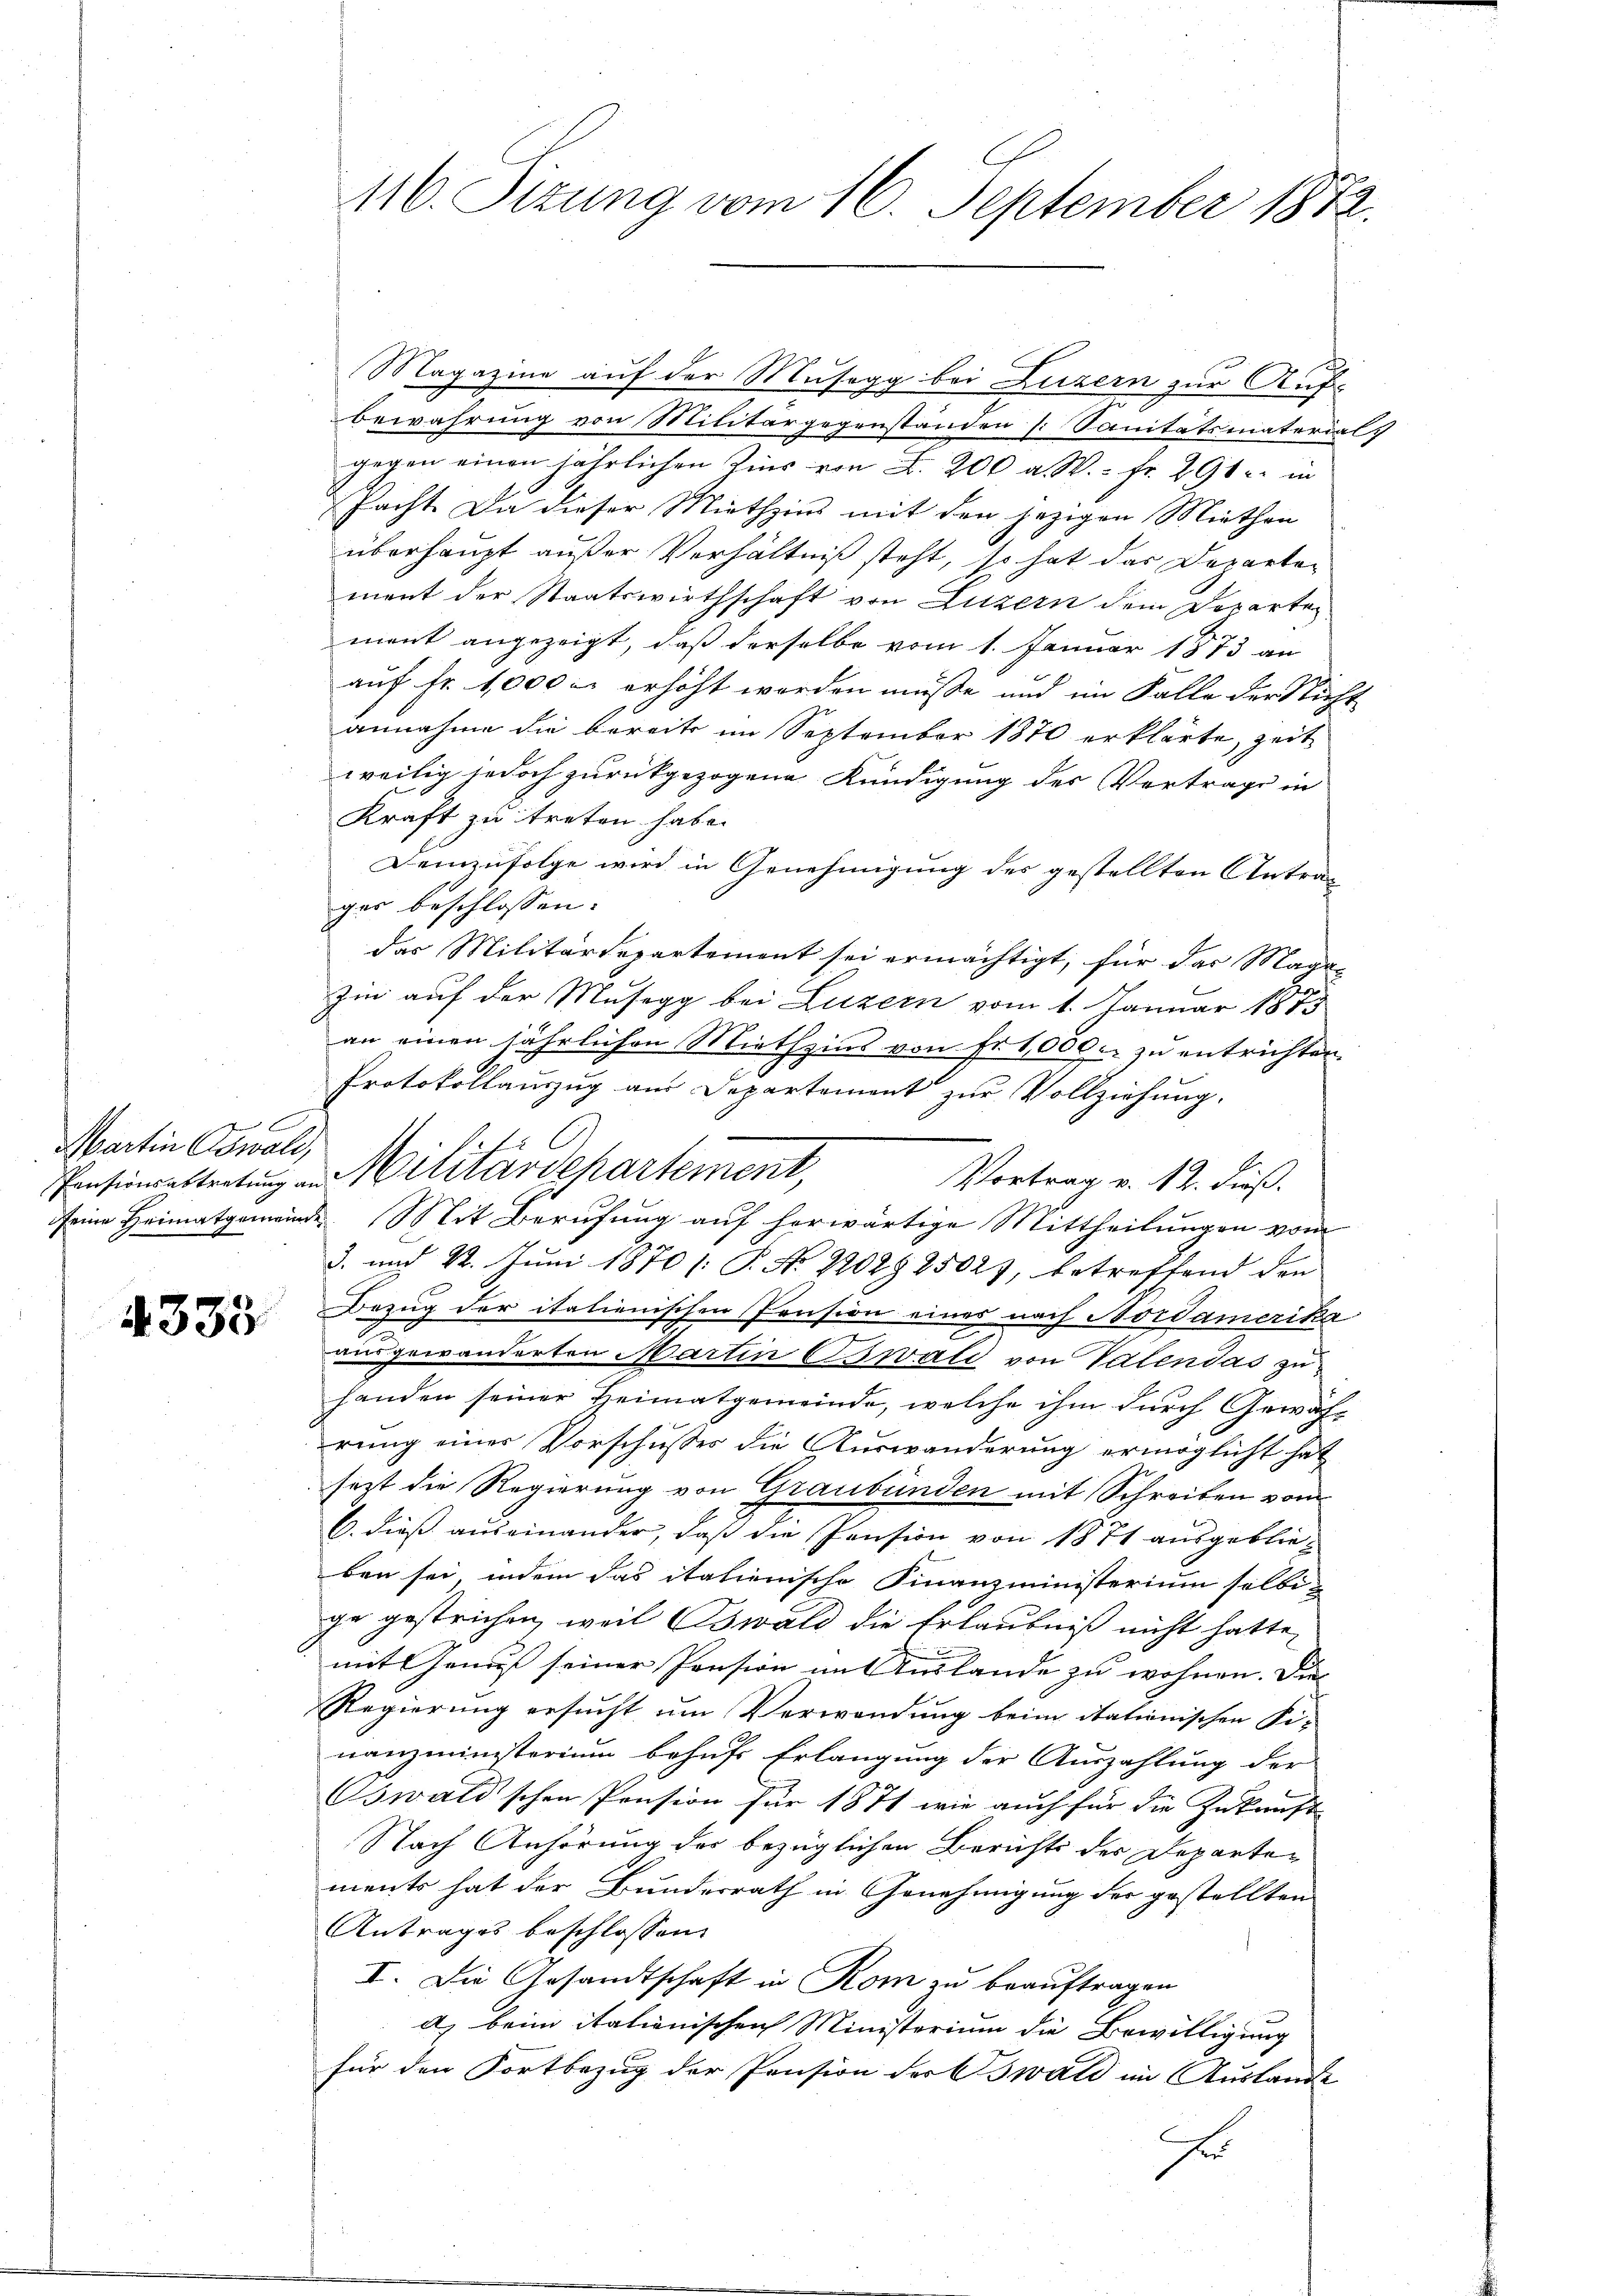
Martin Oswald,

4333

Magazine auf der Musegg bei Luzern zur Auf-
Bewahrung von Militärgegenständen [Sanitätsmaterial
gegen einen jährlichen Zins von L. 200 a. W. fr. 291 u. in
Pacht. Da dieser Miethzins mit den jezigen Miethen
überhaupt außer Verhältniß steht, so hat das Departement der Staatswirthschaft von Luzern dem Departen
ment angezeigt, daß derselbe vom 1. Januar 1873 an
auf Fr. 1000 u. erhöht worden müsse und im Falle der Nicht
annahme die bereits im September 1870 erklärte, zeit
weilig jedoch zurückgezogene Kündigung des Vortrage in
Kraft zu treten habe.
Demzufolge wird in Genehmigung des gestellten Antrager beschlossen:
das Militärdepartemont sei ermächtigt, für das Magiin auf der Musegg bei Luzern vom 1. Januar 1873
an einen jährlichen Miethzins von Fr. 1000. zu entrichten.
Protokollauszug am Departement zur Vollziehung.
Pensionsabtretung in Militärdepartement,
Vortrag v. 12. Fuß.
seine Heimatgemeinde Mit Berufung auf herwärtige Mittheilungen vom
3. und 22. Juni 1870 [: P. No 220298502), betreffend den
Bezug der italienischen Pension eines nach Bordamerika
ausgewanderten Martin Oswald von Valendas zu
handen seiner Heimatgemeinde, welche ihm durch Gewährung einer Vorschusses die Auswanderung ermöglicht hat
jezt die Regierung von Graubünden mit Schreiben vom
C. dieß auseinander, daß die Pension von 1871 ausgeblieben sei, indem das italienische Finanzministerium selbig
ge gestrichen, weil Oswald die Erlaubniß nicht hatte,
u
mit Genuß seiner Pension im Auslande zu wohnen. Die
Regierung ersucht, um Verwendung beim itationischen Fi-
nanzministerium behufs Erlangung der Auszahlung der
swald'schen Pension für 1871 wie auch für die Zukunft
Nach Anhörung des bezüglichen Berichts der Departements hat der Bundesrath in Genehmigung der gestellten
Antrages beschlossen:
I. Die Gesandtschaft in Rom zu beauftragen
a) beim itationischen Ministerium die Bewilligung
für den Fortbezug der Pension der Bswald im Auslande
Fer

116. Sizung vom 16. September 1872.